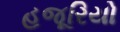
હજૂરિયો